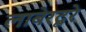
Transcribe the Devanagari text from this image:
लाबेरदूरे